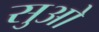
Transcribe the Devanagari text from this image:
सुओ